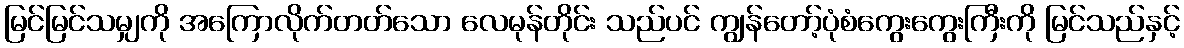
မြင်မြင်သမျှကို အကြောလိုက်တတ်သော လေမုန်တိုင်း သည်ပင် ကျွန်တော့်ပုံစံကွေးကွေးကြီးကို မြင်သည်နှင့်